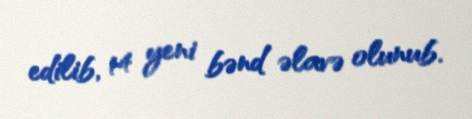
edilib, 14 yeni bənd əlavə olunub.